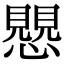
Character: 𧢅